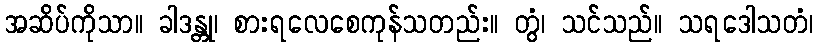
အဆိပ်ကိုသာ။ ခါဒန္တု၊ စားရလေစေကုန်သတည်း။ တွံ၊ သင်သည်။ သရဒေါသတံ၊